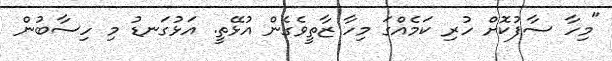
"މިހާ ސާފުކޮށް ހުރި ކަމެއްގަ މިހާ ޒާތީވެގެން އުޅޭތީ. އަޅުގަނޑު މި ހިސާބުން